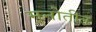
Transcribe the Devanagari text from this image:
मनोतीत